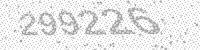
Solution: 299226